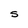
Character: S